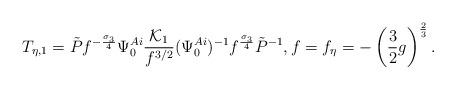
LaTeX: \begin{align*} T_{\eta,1}=\tilde{P}f^{-\frac{\sigma_3}{4}}\Psi_0^{Ai}\frac{\mathcal{K}_1}{f^{3/2}}(\Psi_0^{Ai})^{-1}f^{\frac{\sigma_3}{4}}{\tilde{P}}^{-1}, f=f_{\eta}=-\left(\frac{3}{2}g\right)^{\frac{2}{3}}.\end{align*}